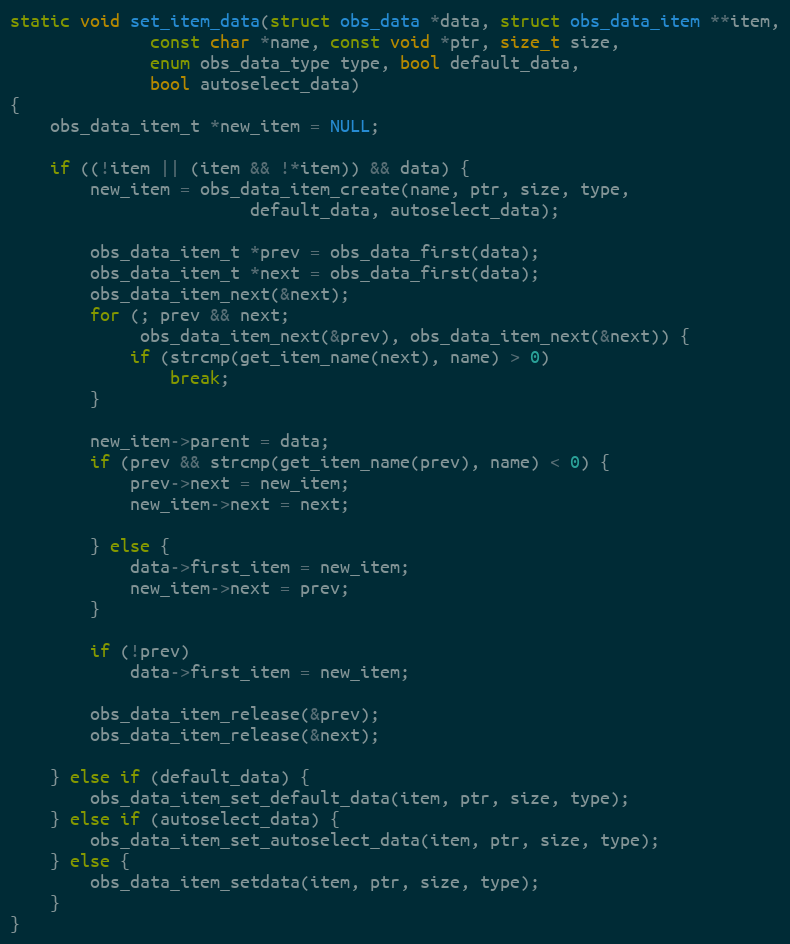
Language: C
static void set_item_data(struct obs_data *data, struct obs_data_item **item,
			  const char *name, const void *ptr, size_t size,
			  enum obs_data_type type, bool default_data,
			  bool autoselect_data)
{
	obs_data_item_t *new_item = NULL;

	if ((!item || (item && !*item)) && data) {
		new_item = obs_data_item_create(name, ptr, size, type,
						default_data, autoselect_data);

		obs_data_item_t *prev = obs_data_first(data);
		obs_data_item_t *next = obs_data_first(data);
		obs_data_item_next(&next);
		for (; prev && next;
		     obs_data_item_next(&prev), obs_data_item_next(&next)) {
			if (strcmp(get_item_name(next), name) > 0)
				break;
		}

		new_item->parent = data;
		if (prev && strcmp(get_item_name(prev), name) < 0) {
			prev->next = new_item;
			new_item->next = next;

		} else {
			data->first_item = new_item;
			new_item->next = prev;
		}

		if (!prev)
			data->first_item = new_item;

		obs_data_item_release(&prev);
		obs_data_item_release(&next);

	} else if (default_data) {
		obs_data_item_set_default_data(item, ptr, size, type);
	} else if (autoselect_data) {
		obs_data_item_set_autoselect_data(item, ptr, size, type);
	} else {
		obs_data_item_setdata(item, ptr, size, type);
	}
}